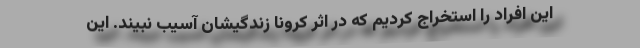
این افراد را استخراج کردیم که در اثر کرونا زندگیشان آسیب نبیند. این